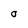
Character: o